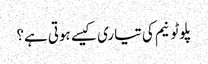
پلوٹونیم کی تیاری کیسے ہوتی ہے؟